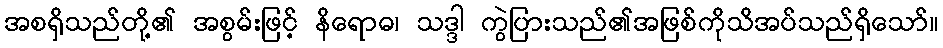
အစရှိသည်တို့၏ အစွမ်းဖြင့် နိရောဓ၊ သဒ္ဒါ ကွဲပြားသည်၏အဖြစ်ကိုသိအပ်သည်ရှိသော်။